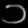
Digit: ၁